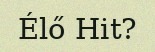
Élő Hit?